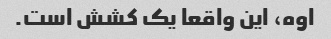
اوه، این واقعا یک کشش است.